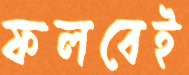
ফলবেই